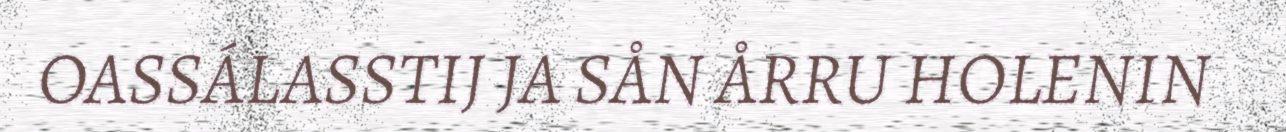
OASSÁLASSTIJ JA SÅN ÅRRU HOLENIN